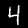
Label: 4